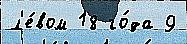
л'е́вом 18 го́да 9